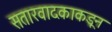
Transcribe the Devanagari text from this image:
सतारवादकाकडून